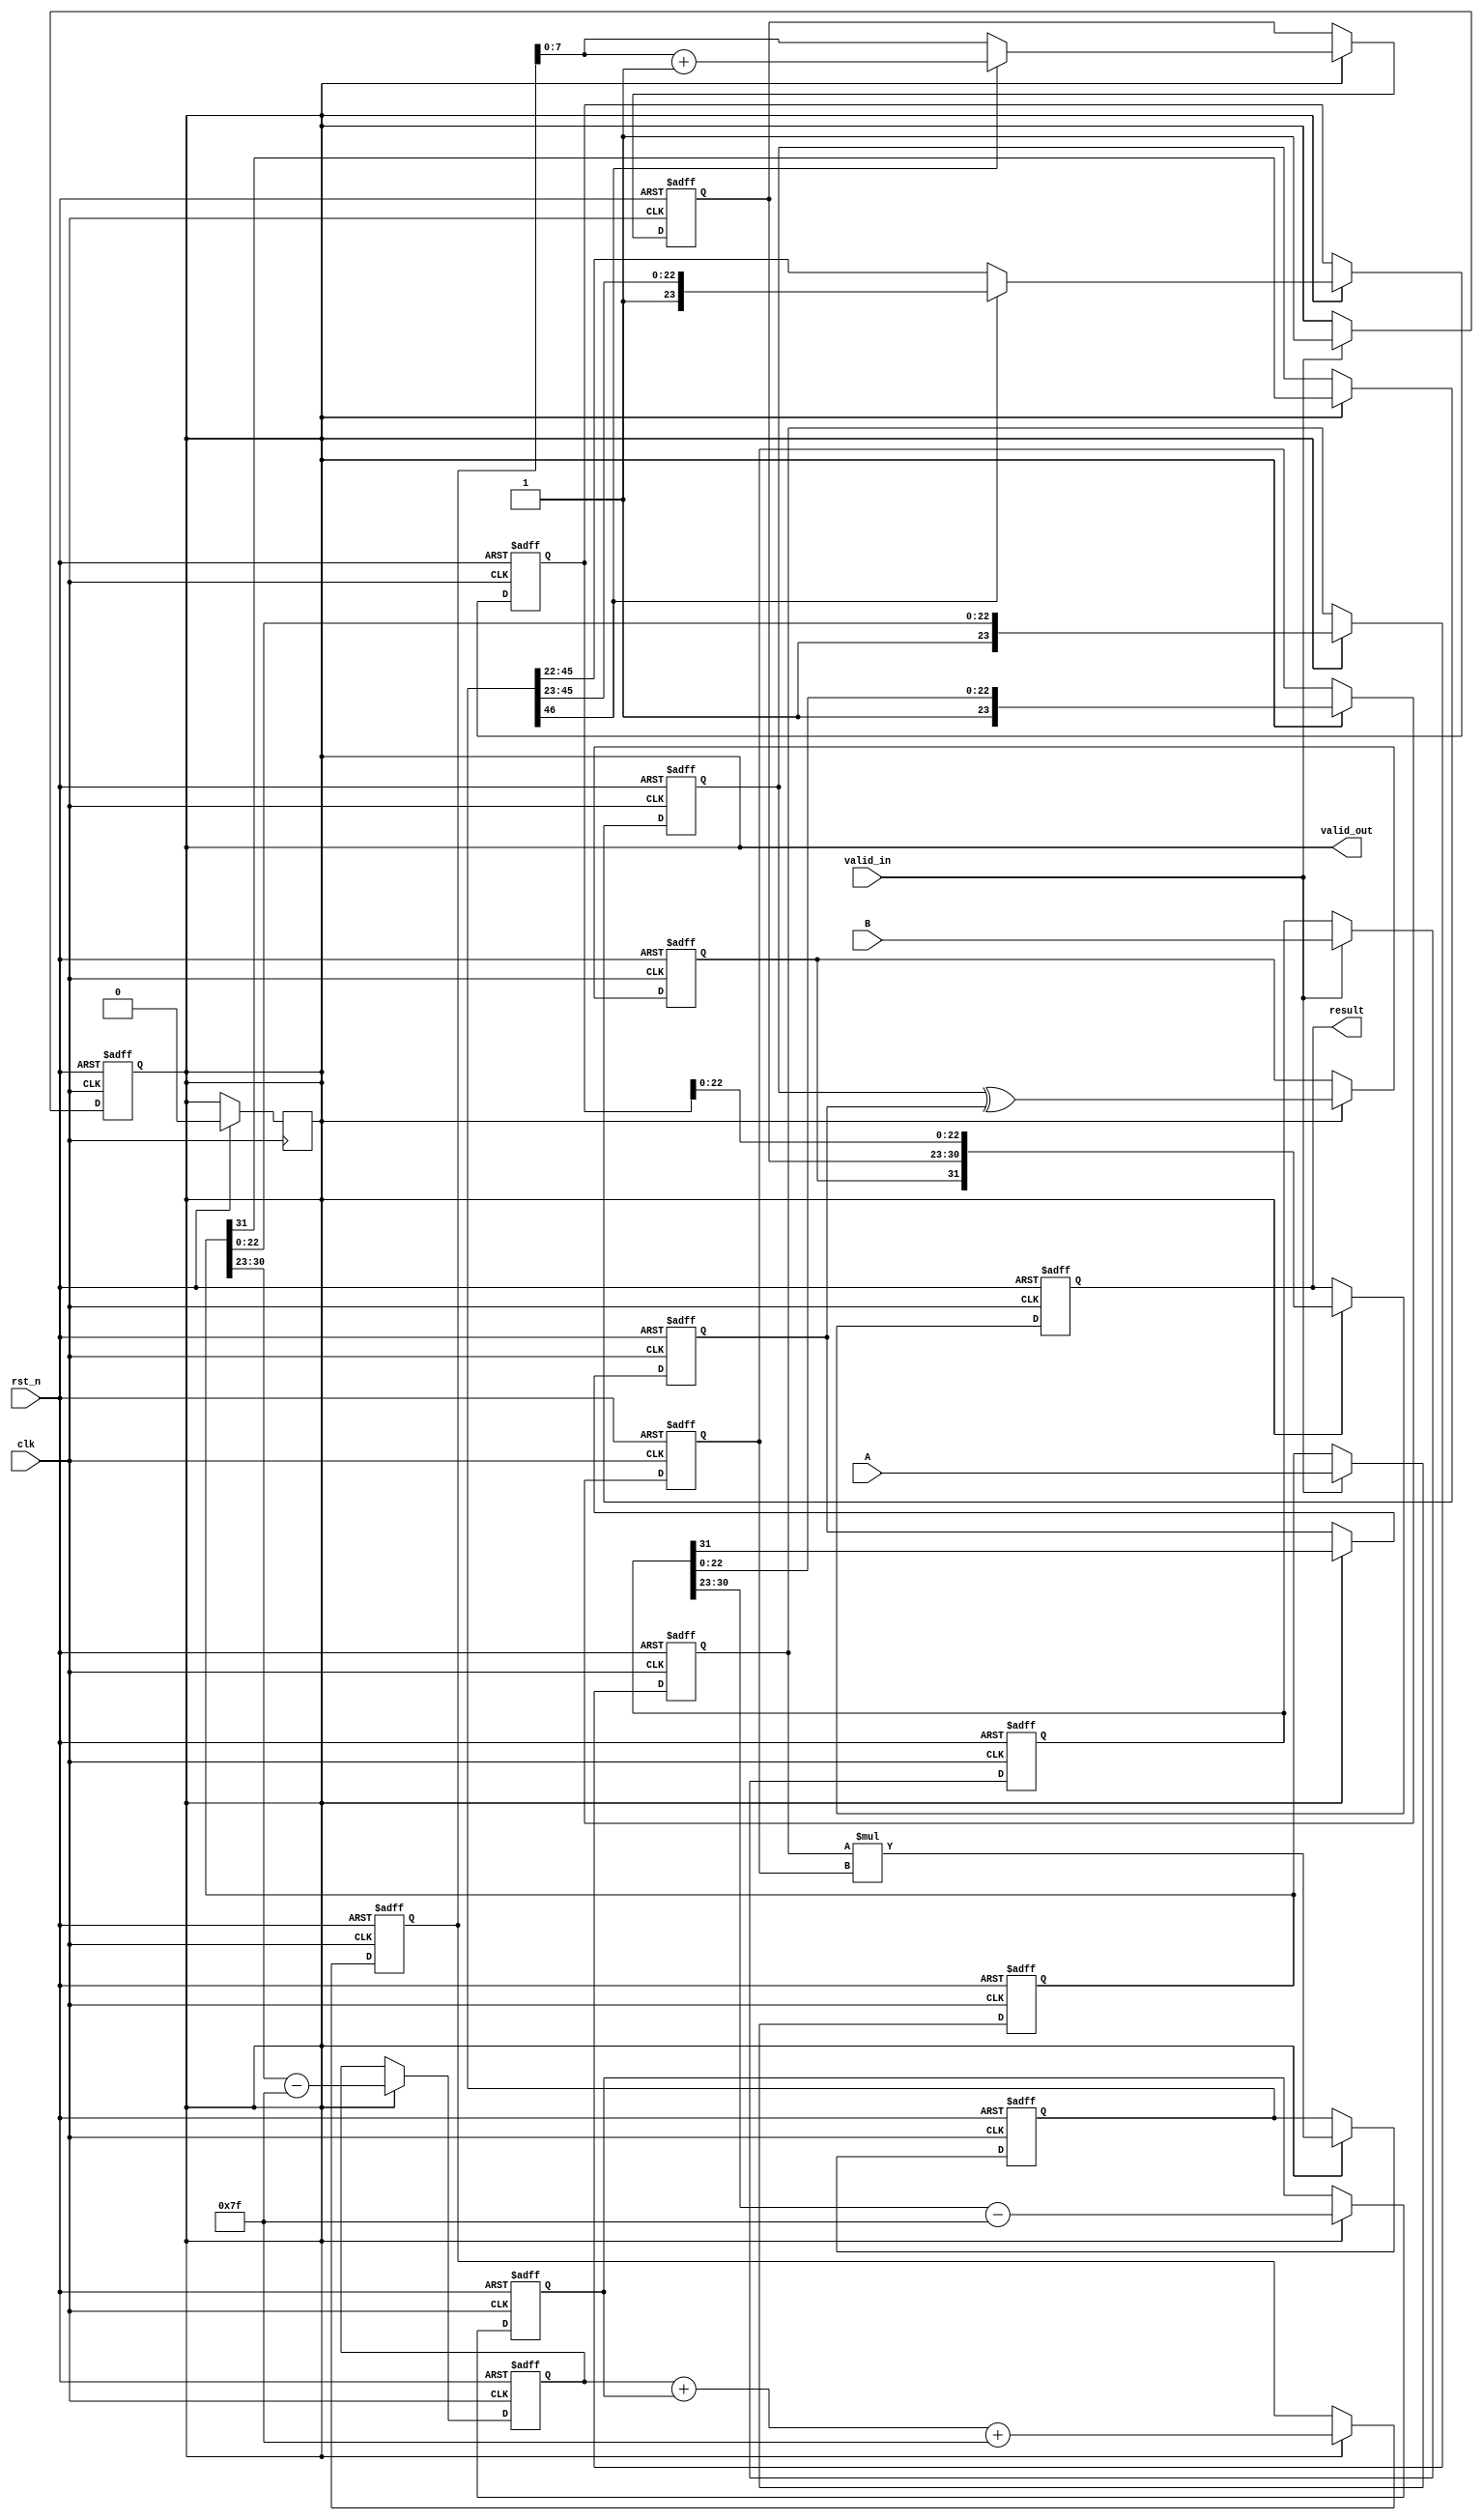
module pipelined_fp_multiplier (
    input clk,
    input rst_n,
    input valid_in,
    input [31:0] A, // First floating-point input
    input [31:0] B, // Second floating-point input
    output reg valid_out,
    output reg [31:0] result // Resulting floating-point output
);

    // Pipeline registers
    reg [31:0] A_reg, B_reg;
    reg [7:0] exp_A, exp_B, exp_out;
    reg [23:0] mant_A, mant_B, mant_out;
    reg sign_A, sign_B, sign_out;
    reg [46:0] mant_mult; // 23 + 23 = 46 bits for mantissa multiplication
    reg [8:0] exp_temp;    // Temporary exponent for overflow

    // Stage 1: Input Stage
    always @(posedge clk or negedge rst_n) begin
        if (!rst_n) begin
            A_reg <= 32'b0;
            B_reg <= 32'b0;
            valid_out <= 1'b0;
        end else if (valid_in) begin
            A_reg <= A;
            B_reg <= B;
            valid_out <= 1'b1;
        end
    end

    // Stage 2: Normalization and Extraction
    always @(posedge clk or negedge rst_n) begin
        if (!rst_n) begin
            exp_A <= 8'b0;
            exp_B <= 8'b0;
            mant_A <= 24'b0;
            mant_B <= 24'b0;
            sign_A <= 1'b0;
            sign_B <= 1'b0;
        end else if (valid_out) begin
            sign_A <= A_reg[31];
            sign_B <= B_reg[31];
            exp_A <= A_reg[30:23] - 8'd127; // Remove bias
            exp_B <= B_reg[30:23] - 8'd127; // Remove bias
            mant_A <= {1'b1, A_reg[22:0]};   // Implicit leading 1
            mant_B <= {1'b1, B_reg[22:0]};   // Implicit leading 1
        end
    end

    // Stage 3: Exponent Calculation
    always @(posedge clk or negedge rst_n) begin
        if (!rst_n) begin
            exp_temp <= 9'b0;
        end else if (valid_out) begin
            exp_temp <= exp_A + exp_B + 8'd127; // Add bias back
        end
    end

    // Stage 4: Mantissa Multiplication
    always @(posedge clk or negedge rst_n) begin
        if (!rst_n) begin
            mant_mult <= 47'b0;
        end else if (valid_out) begin
            mant_mult <= mant_A * mant_B; // Multiply mantissas
        end
    end

    // Stage 5: Normalization of Result
    always @(posedge clk or negedge rst_n) begin
        if (!rst_n) begin
            mant_out <= 24'b0;
            exp_out <= 8'b0;
            sign_out <= 1'b0;
        end else if (valid_out) begin
            if (mant_mult[46]) begin
                mant_out <= mant_mult[46:23]; // Normalized
                exp_out <= exp_temp + 1; // Adjust exponent if needed
            end else begin
                mant_out <= mant_mult[45:22]; // Shift right
                exp_out <= exp_temp; // No adjustment
            end
            sign_out <= sign_A ^ sign_B; // XOR for sign
        end
    end

    // Stage 6: Output Stage
    always @(posedge clk or negedge rst_n) begin
        if (!rst_n) begin
            result <= 32'b0;
        end else if (valid_out) begin
            result <= {sign_out, exp_out[7:0], mant_out[22:0]};
            valid_out <= 1'b0; // Reset valid signal
        end
    end

endmodule